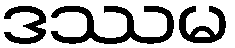
ဒဿမ